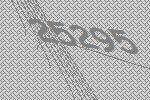
25295